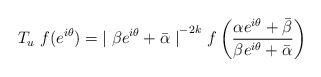
LaTeX: \begin{align*}T_u~ f(e^{i \theta}) = {\mid \beta e^{i \theta} + \bar{\alpha} \mid}^{-2k} ~ f\left( \frac{\alpha e^{i \theta} + \bar{\beta}} {\beta e^{i \theta} + \bar{\alpha}}\right)\end{align*}